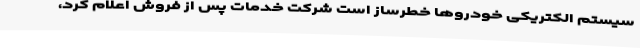
سیستم الکتریکی خودروها خطرساز است شرکت خدمات پس از فروش اعلام کرد،